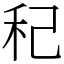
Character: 䄫